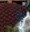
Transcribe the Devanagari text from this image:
दोढ़